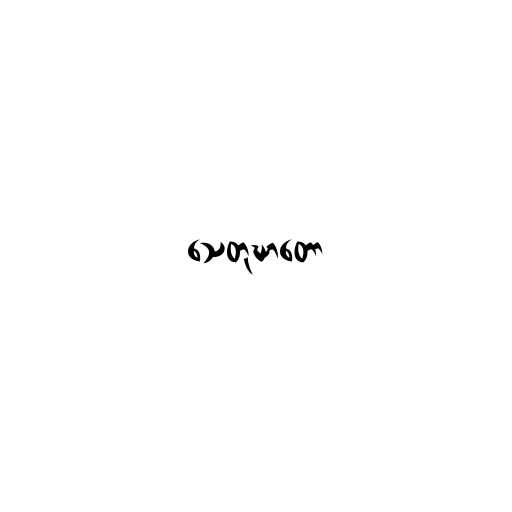
သေတုဃာတော